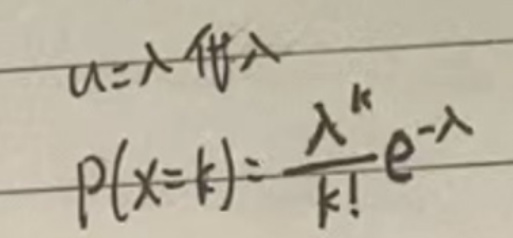
&令\( a = \lambda\)\\
\(&P(X = k)=\frac{\lambda^{k}}{k!}e^{-\lambda}\)